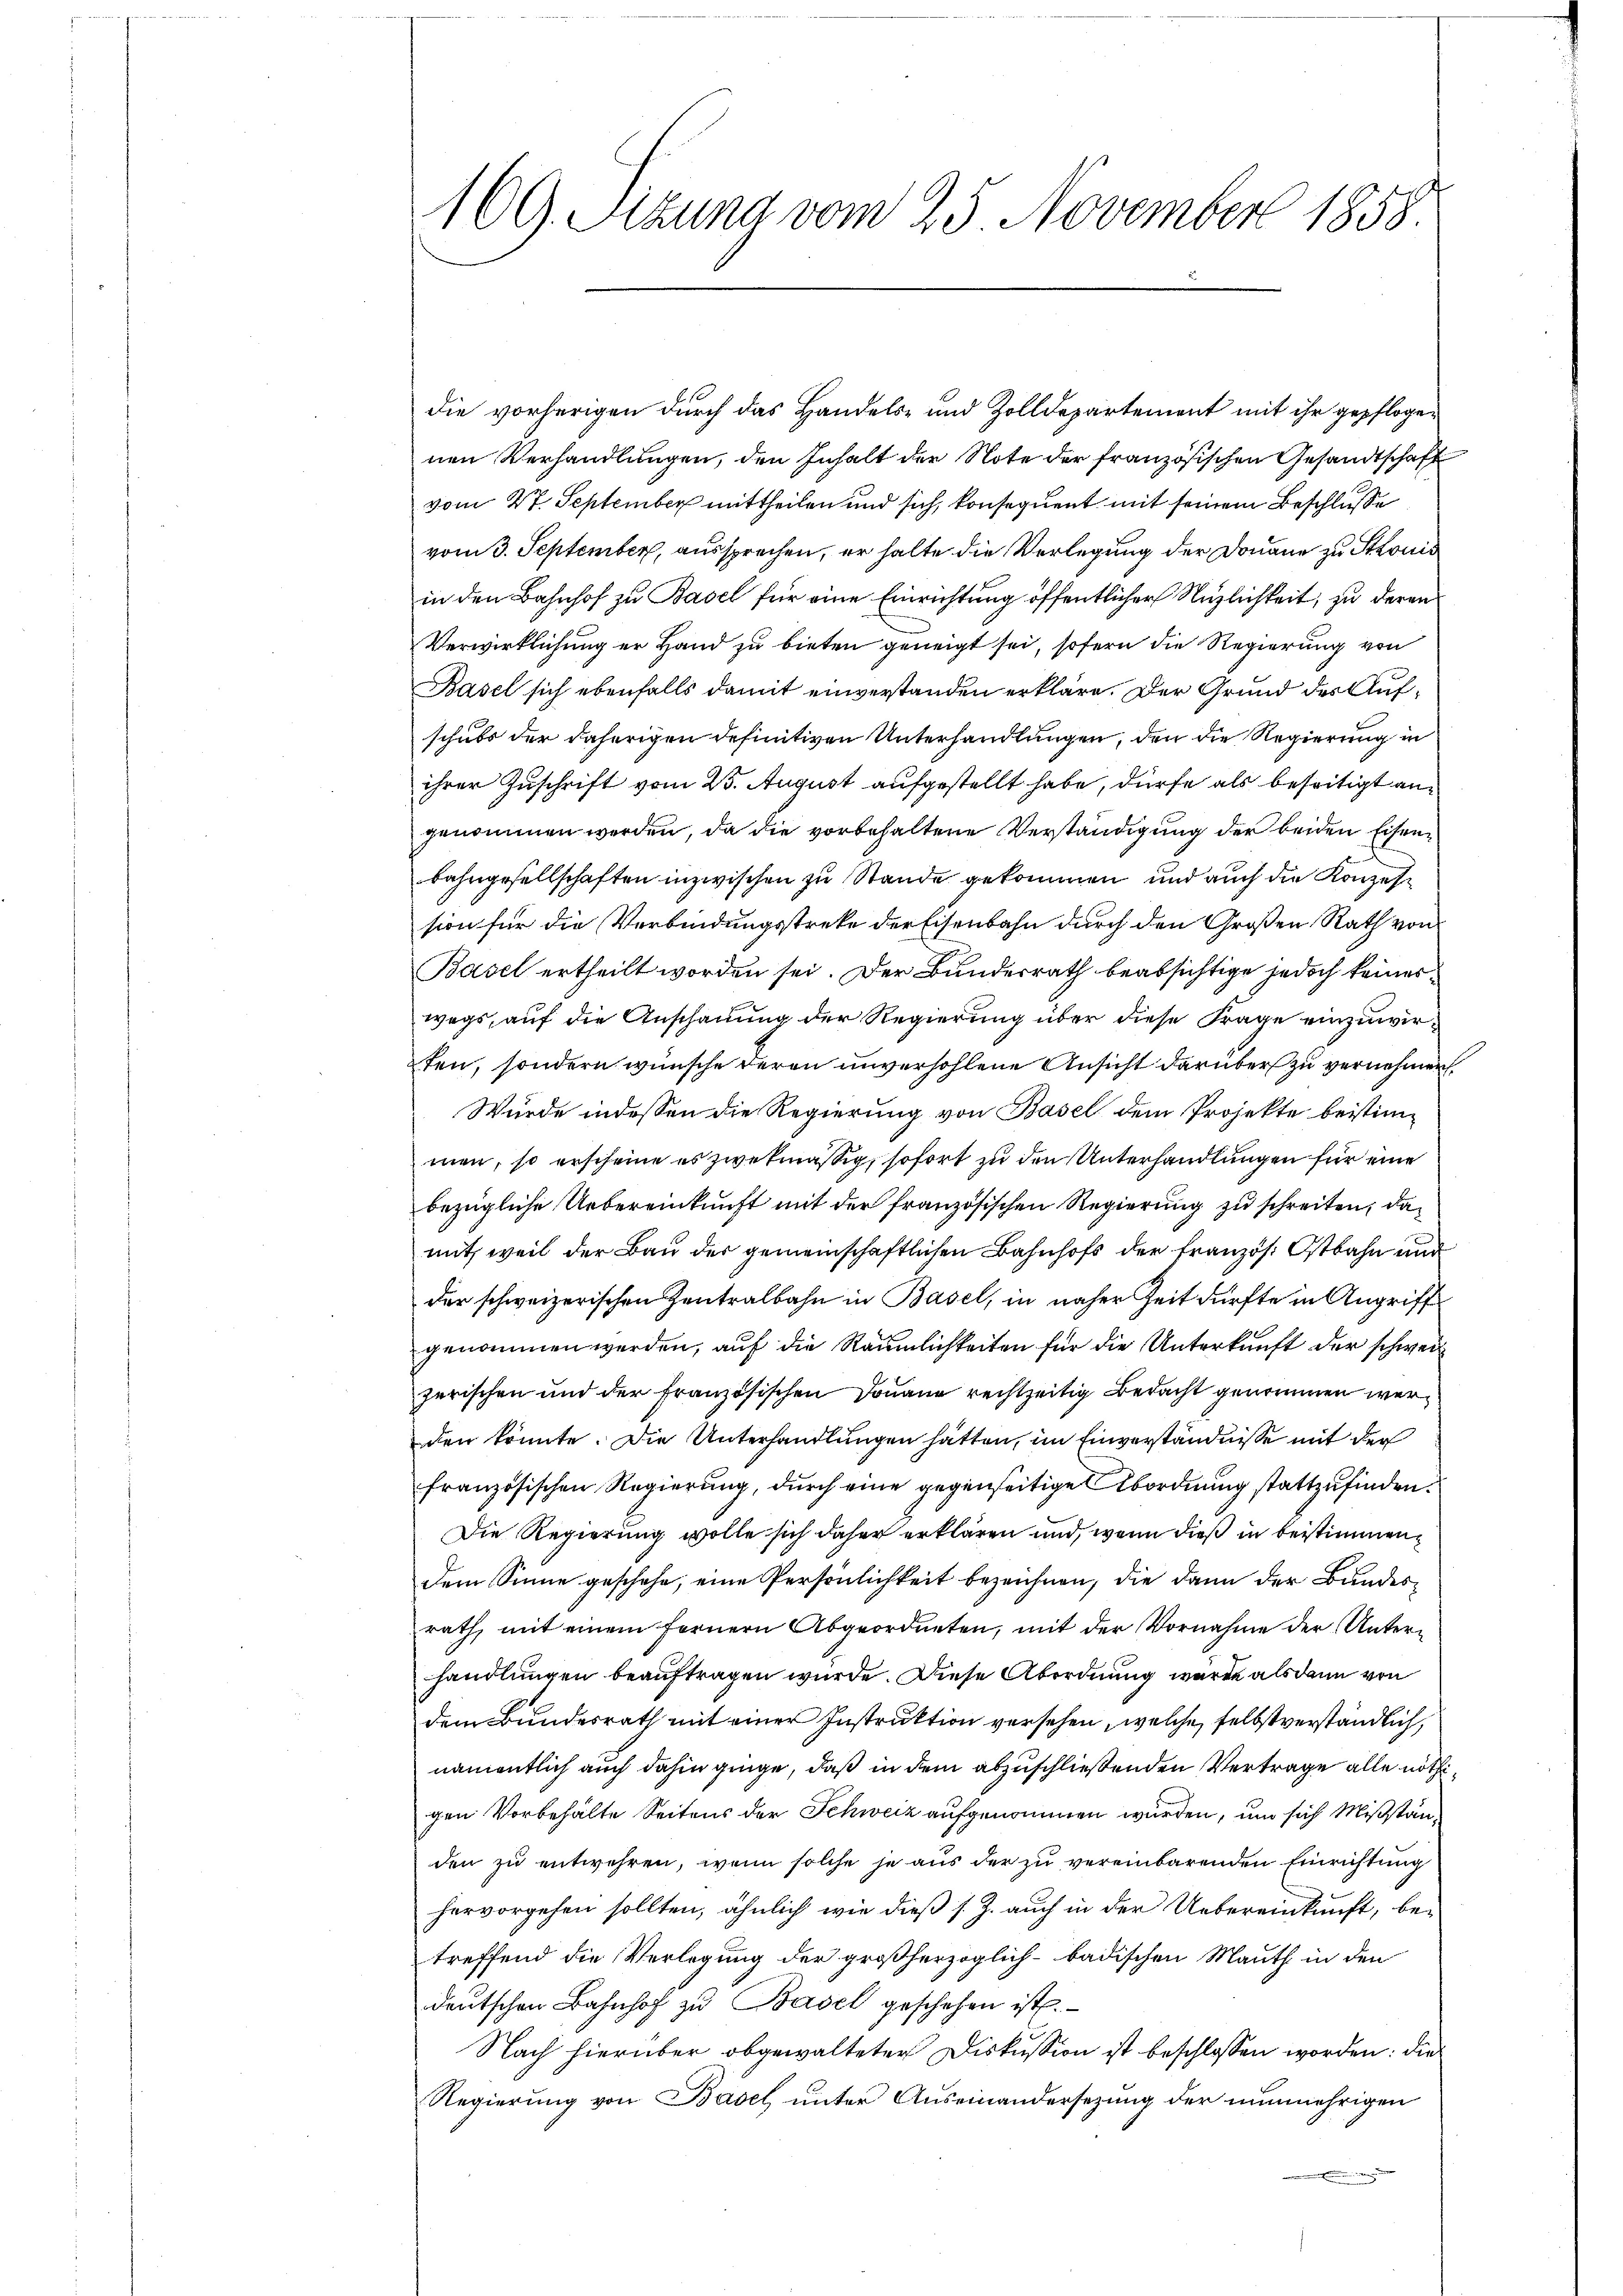
169. Sitzung vom 25. November 1858

die vorherigen durch das Handels- und Zolldepartement mit ihr gepflogenen Verhandlungen, den Inhalt der Note der französischen Gesandtschaft
vom 27. September mittheilen und sich, konsequent mit seinem Beschlusse
vom 3. September, aussprechen, er halte die Verlegung der Donaue zu Stronis
in den Bahnhof zu Basel für eine Einrichtung öffentlicher Nuzlichkeit, zu deren
Verwirklichung er Hand zu bieten geneigt sei, sofern die Regierung von
Basel sich ebenfalls damit einverstanden erkläre. Der Grund des Aufschubs der daherigen definitiven Unterhandlungen, den die Regierung in
ihrer Zuschrift vom 25. August aufgestellt habe, dürfe als beseitigt angenommen werden, da die vorbehaltene Verständigung der beiden Eisenbahngesellschaften inzwischen zu Stande gekommen und auch die Konzession für die Verbindungsstreke der Eisenbahn durch den Großen Rath von
Basel ertheilt worden sei. Der Bundesrath beabsichtige jedoch keines
wegs, auf die Anschauung der Regierung über diese Frage einzuwirten, sondern wünsche deren unverhohlene Ansicht darüber zu vernehmen,
Wurde indessen die Regierung von Basel dem Projekte beistimmen, so erscheine es zwekmässig, sofort zu den Unterhandlungen für eine
bezügliche Uebereinkunft mit der französischen Regierung zu schreiten, damit, weil der Bau der gemeinschaftlichen Bahnhofs der Französ. Ostbahn und
der schweizerischen Zentralbahn in Basel, in näher Zeit dürfte in Angriffe
genommen werden, auf die Räumlichkeiten für die Unterkunft der schweiz
zerischen und der französischen Donaue rechtzeitig Bedacht genommen werden könnte. Die Unterhandlungen hätten, im Einverständnisse mit der
französischen Regierung, durch eine gegenseitige Abordnung stattzufinden.
Die Regierung wolle sich daher erklären und, wenn dieß in bestimmendem Sinne geschehe, eine Persönlichkeit bezeichnen, die dann der Bundesrath, mit einem fernern Abgeordneten, mit der Vornahme der Unterhandlungen beauftragen wurde. Diese Abordnung wäre als dann von
dem Bundesrath mit einer Instruktion versehen, welche selbst verständlich,
namentlich auch dahin ginge, daß in dem abzuschließenden Vertrage alle nöthigen Vorbehalte Seitens der Schweiz aufgenommen wurden, um sich Mißständen zu entwehren, wenn solche je aus der zu vereinbarenden Einrichtung
hervorgehen sollten, ähnlich wie dieß s. Z. auch in der Uebereinkunft, betreffend die Verlegung der großherzoglich-badischen Mauth in den
deutschen Bahnhof zu Basel geschehen ist.
Nach hierüber obgewalteter Diskussion ist beschlossen worden: die
Regierung von Basel unter Auseinandersezung der nunmehrigen